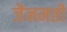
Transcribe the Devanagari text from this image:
जैनमती